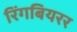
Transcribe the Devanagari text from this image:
रिंगबियरर